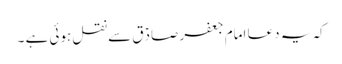
کہ یہ دعا امام جعفر صادؑق سے نقل ہوئی ہے ۔